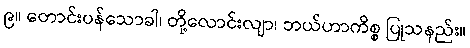
၉။ တောင်းပန်သောခါ၊ တို့လောင်းလျာ၊ ဘယ်ဟာကိစ္စ ပြုသနည်း။